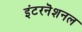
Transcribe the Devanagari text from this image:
इंटरनॆशनल